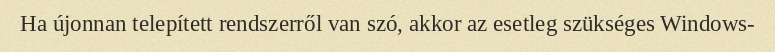
Ha újonnan telepített rendszerről van szó, akkor az esetleg szükséges Windows-